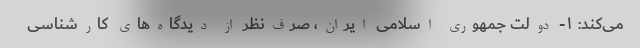
می‌کند: ۱- دولت جمهوری اسلامی ایران، صرف‌نظر از دیدگاه‌های کارشناسی